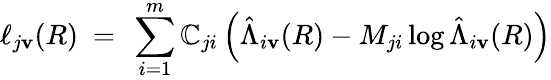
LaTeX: \ell_{j\mathbf{v}}(R)\ =\ \sum_{i=1}^{m}\mathbb{C}_{ji}\left(\hat{{\Lambda}}_{i\mathbf{v}}(R)-M_{ji}\log\hat{{\Lambda}}_{i\mathbf{v}}(R)\right)